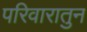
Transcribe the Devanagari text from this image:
परिवारातुन